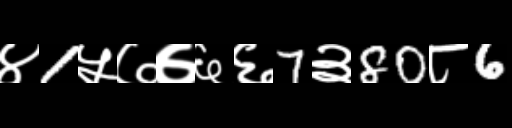
Text: ४1५७७६६7३80८6